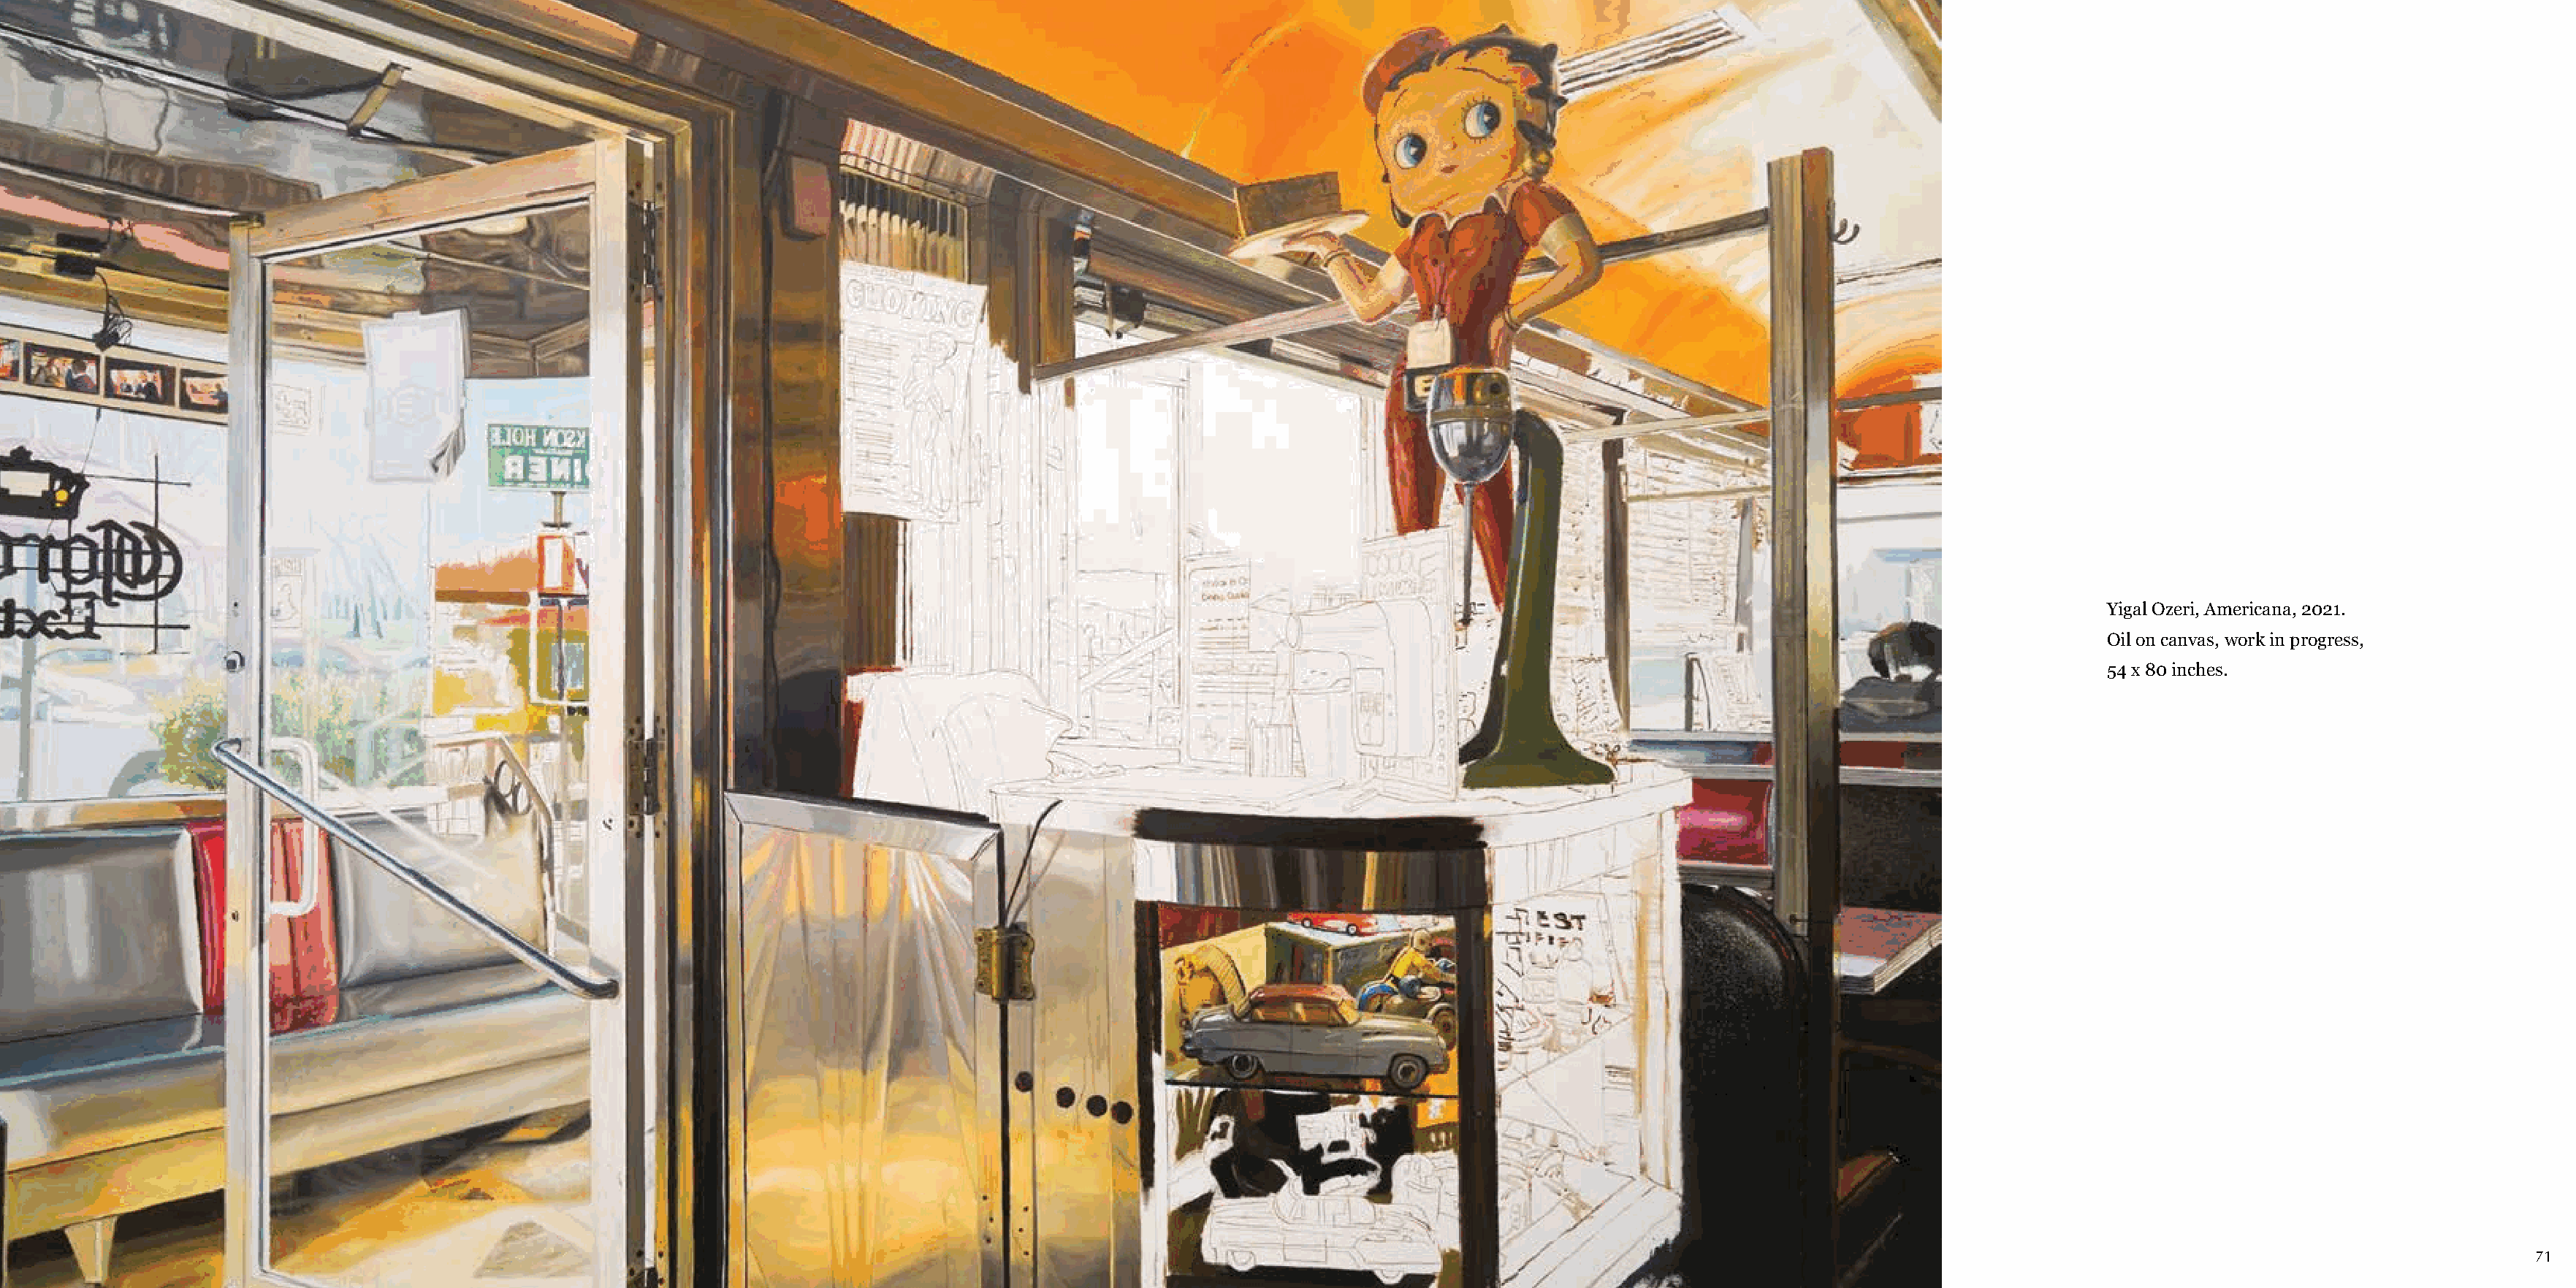
Yigal Ozeri, Americana, 2021.
 Oil on canvas, work in progress,
 54 x 80 inches.
 70                                                                                                                                                                                                                                  71